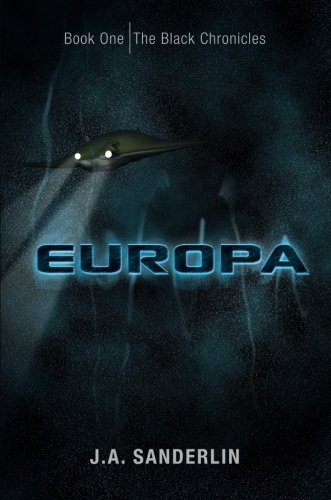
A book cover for Europa; J.A. Sanderlin; Science Fiction & Fantasy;